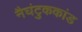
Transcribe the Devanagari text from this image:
नैघंटुककांड